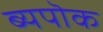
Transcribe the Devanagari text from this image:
ब्यपॊक